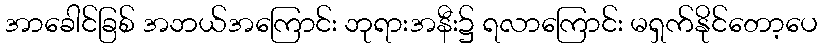
အာခေါင်ခြစ် အဘယ်အကြောင်း ဘုရားအနီး၌ ရလာကြောင်း မရှက်နိုင်တော့ပေ